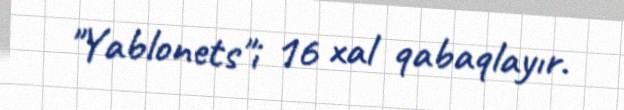
"Yablonets"i 16 xal qabaqlayır.